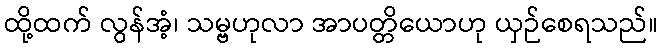
ထို့ထက် လွန်အံ့၊ သမ္ဗဟုလာ အာပတ္တိယောဟု ယှဉ်စေရသည်။